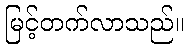
မြင့်တက်လာသည်။